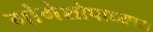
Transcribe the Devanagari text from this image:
गांगेशोपाध्याय